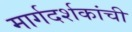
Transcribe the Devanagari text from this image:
मार्गदर्शकांची